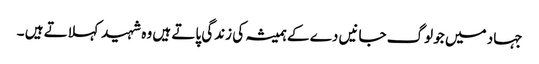
جہاد میں جو لوگ جانیں دے کے ہمیشہ کی زندگی پاتے ہیں وہ شہید کہلاتے ہیں ۔